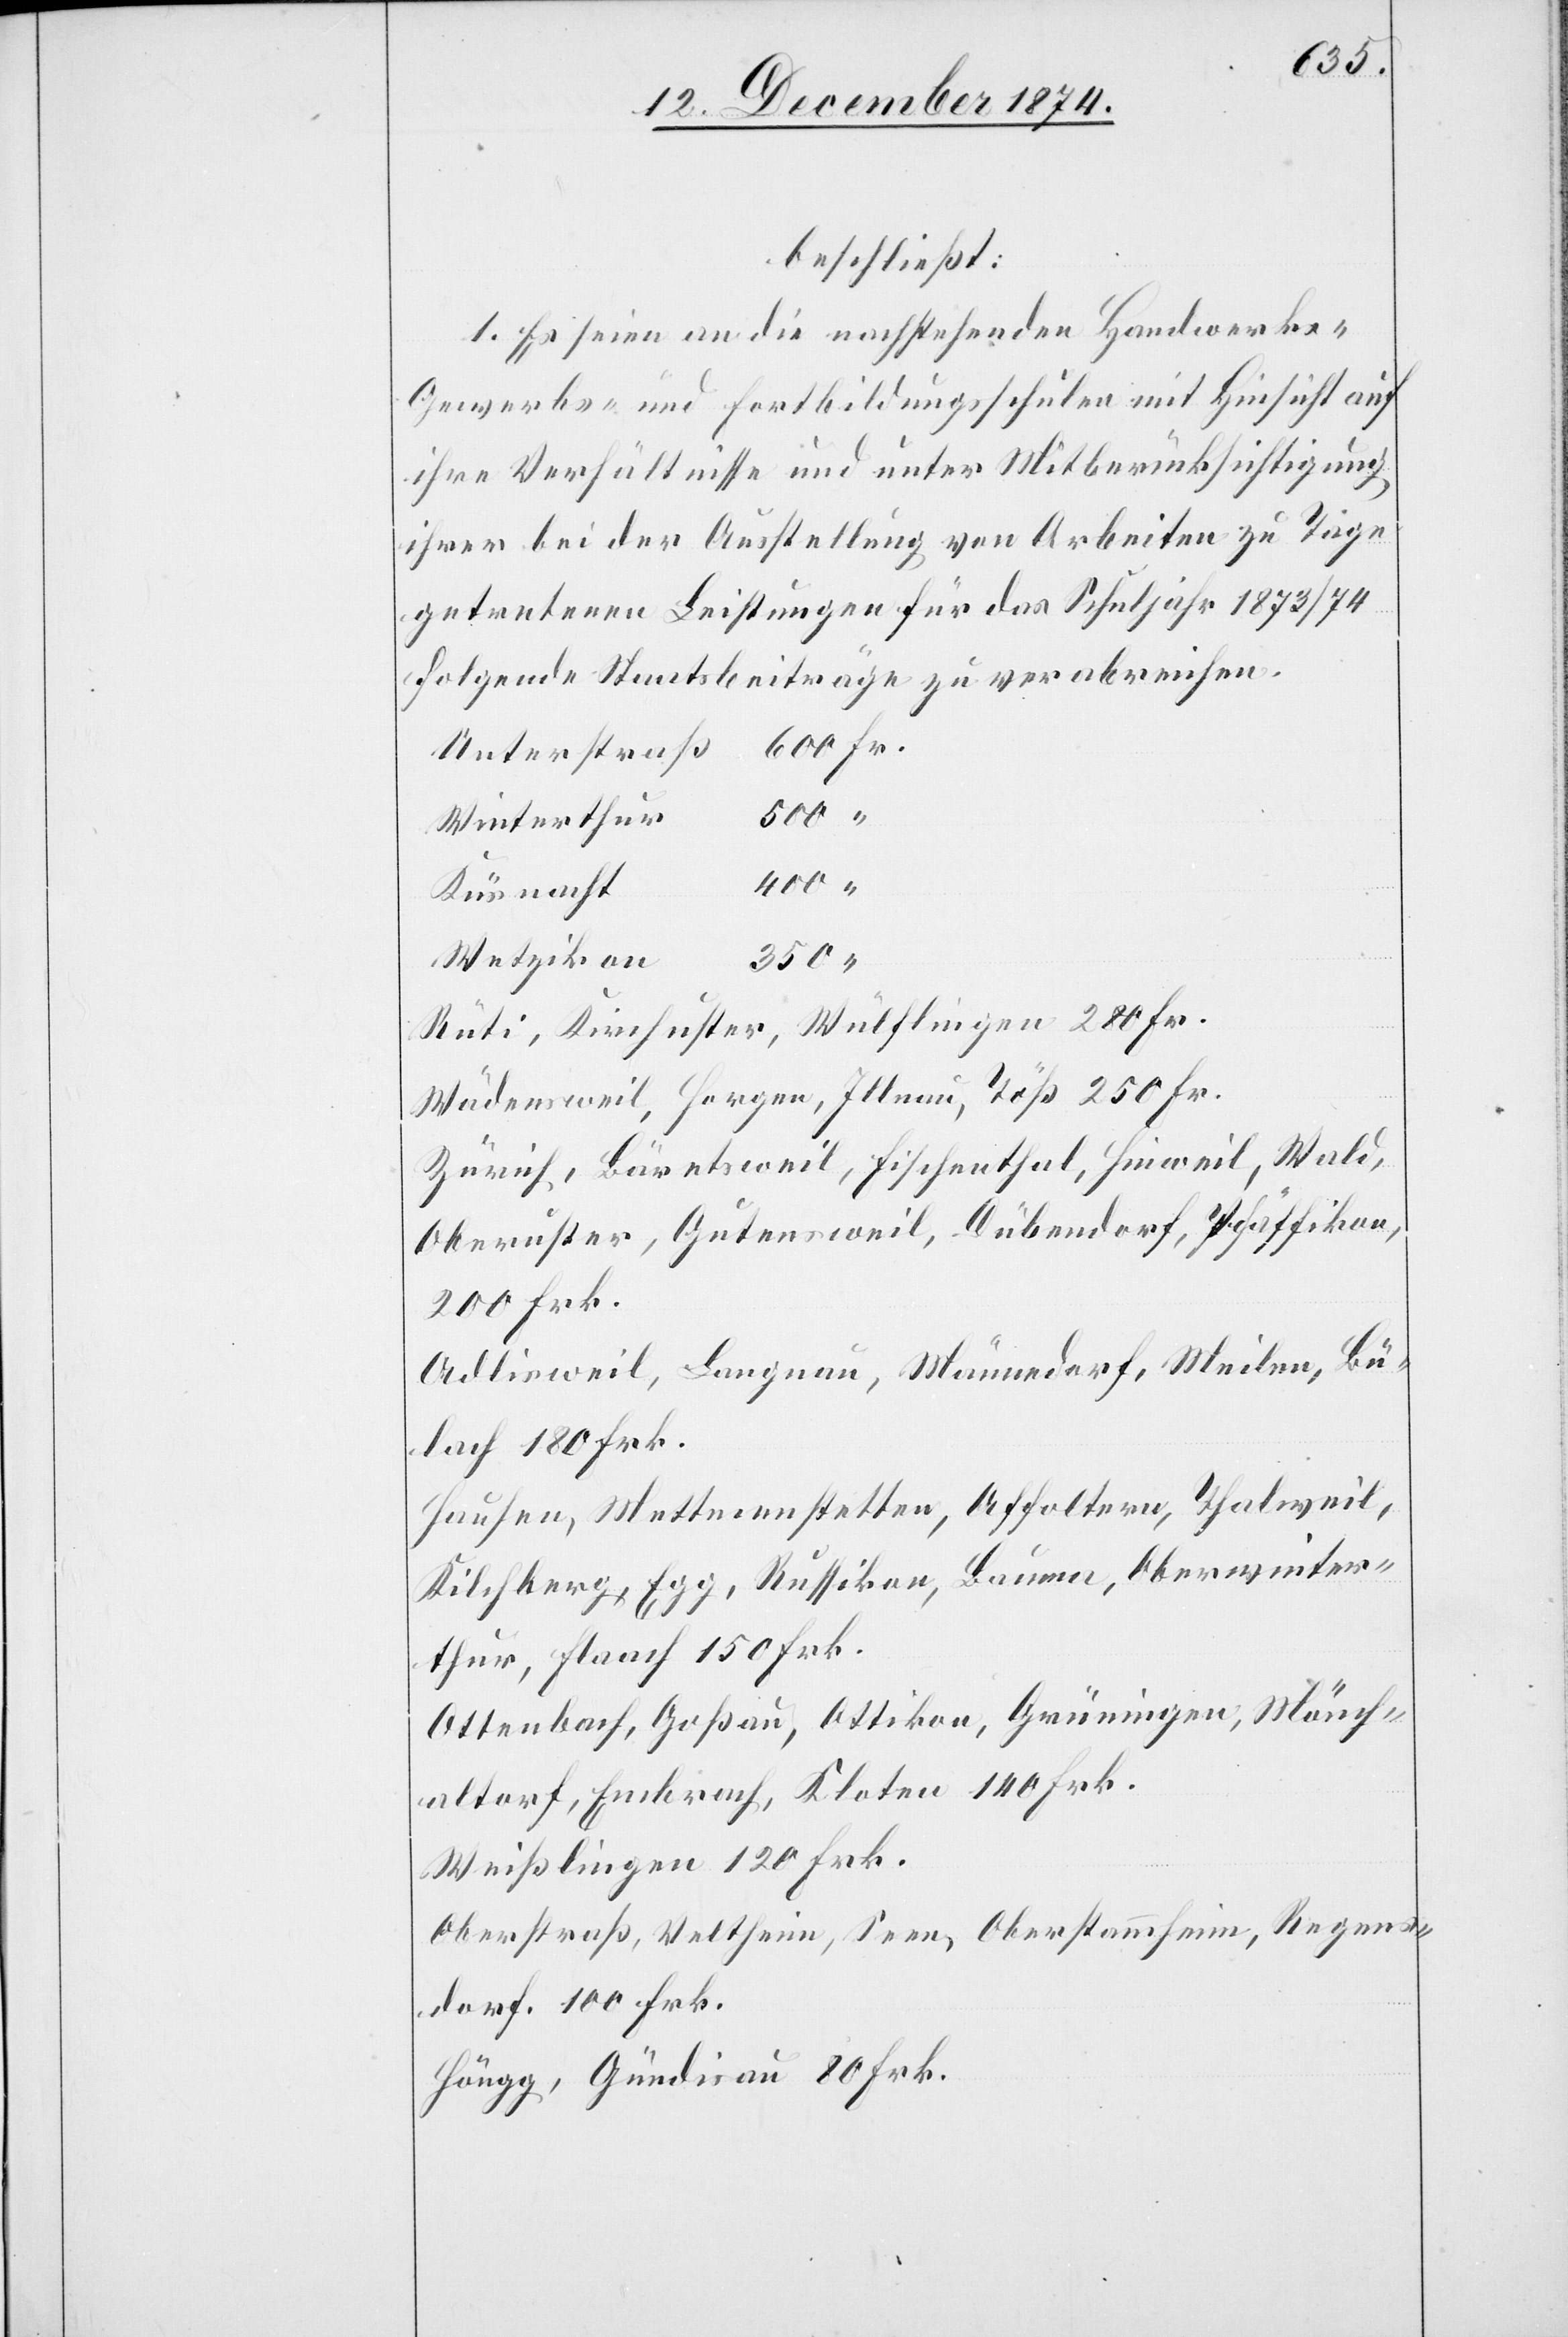
beschließt:
1. Es seien an die nachstehenden Handwerks-[,]
Gewerbe- und Fortbildungsschulen mit Hinsicht auf
ihre Verhältnisse und unter Mitberücksichtigung
ihrer bei der Ausstellung von Arbeiten zu Tage
getretenen Leistungen für das Schuljahr 1873/74
folgende Staatsbeiträge zu verabreichen.
500
Winterthur
400
“
Küsnacht
Wetzikon
350
Rüti, Kirchuster, Wülflingen 280 Fr.
Wädensweil, Horgen, Illnau, Töß 250 Fr.
Zürich, Bäretsweil, Fischenthal, Hinweil, Wald,
Oberuster, Gutensweil, Dübendorf, Pfäffikon,
200 Frk.
Adlisweil, Langnau, Männedorf, Meilen, Bü¬
lach 180 Frk.
Hausen, Mettmenstetten, Affoltern, Thalweil,
Kilchberg, Egg, Russikon, Bauma, Oberwinter¬
thur, Flaach 150 Frk.
Ottenbach, Goßau, Ottikon, Grüningen, Mönch¬
altorf, Embrach, Kloten 140 Frk.
Weißlingen 120 Frk.
Oberstraß, Veltheim, Seen, Oberstammheim, Regens¬
dorf, 100 Frk.
Höngg, Gündisau 80 Frk.